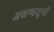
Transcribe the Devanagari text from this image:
अखण्डधूनी